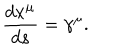
LaTeX: \frac { d x ^ { \mu } } { d s } = \gamma ^ { \mu } .